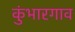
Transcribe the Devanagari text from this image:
कुंभारगाव